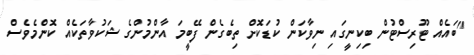
"ބައެއް ޓޫރިސްޓުން ބިކިނީގައި ނިވާކަން ކުޑަކޮށް ތިބެގެން ފޭބީމަ އާންމުންގެ ޝަކުވާތަކެއް ކޮންމެވެސް